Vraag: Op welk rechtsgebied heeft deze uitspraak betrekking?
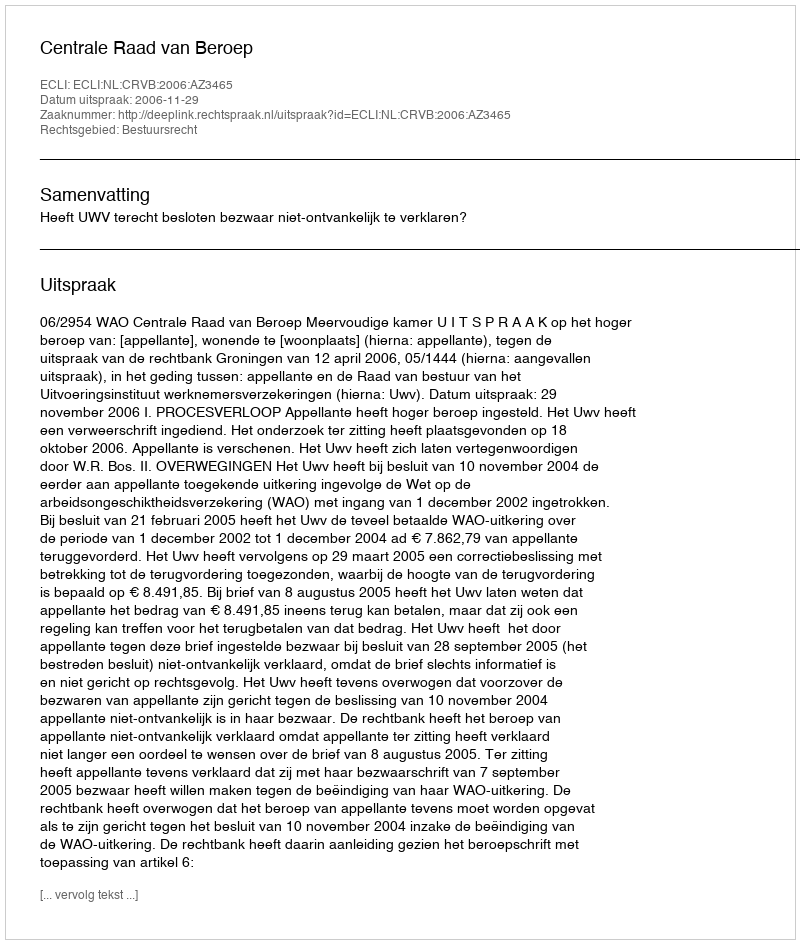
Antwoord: Bestuursrecht